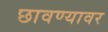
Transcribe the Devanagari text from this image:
छावण्यावर